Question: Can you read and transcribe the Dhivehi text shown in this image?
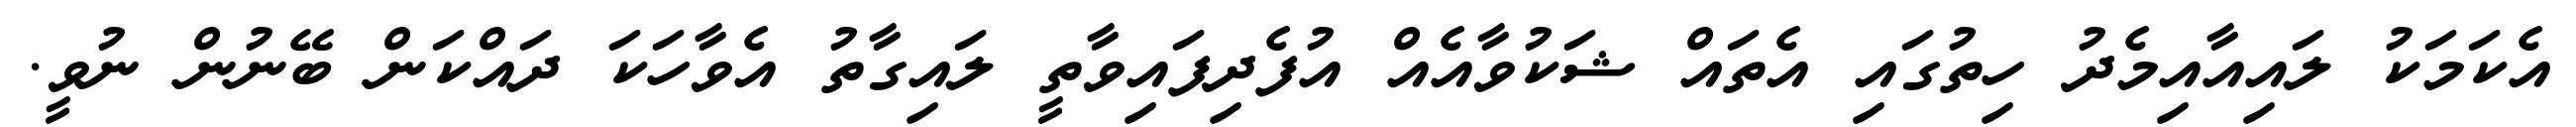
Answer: އެކަމަކު ލައިއާއިމެދު ހިތުގައި އެތައް ޝަކުވާއެއް އުފެދިފައިވާތީ ލައިގާތު އެވާހަކަ ދައްކަން ބޭނުން ނުވީ.